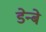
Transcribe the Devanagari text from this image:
डेन्बे